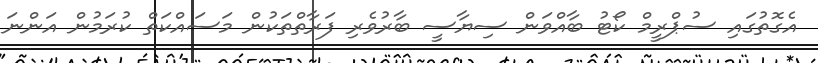
އެގޮތުގައި ސުޕްރީމް ކޯޓު ބާއްވަން ސިޔާސީ ބާރުވެރި ފަރާތްތަކުން މަސައްކަތް ކުރަމުން އަންނަ